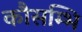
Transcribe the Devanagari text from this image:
कौसम्भि